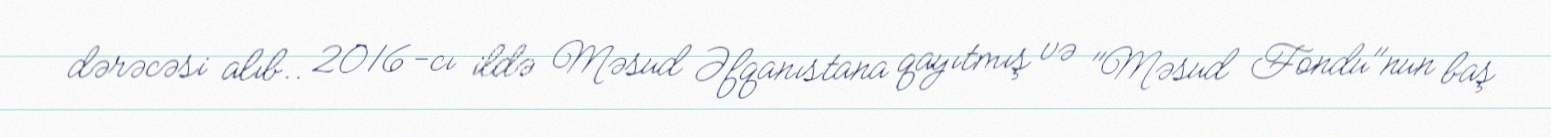
dərəcəsi alıb.. 2016-cı ildə Məsud Əfqanıstana qayıtmış və "Məsud Fondu"nun baş